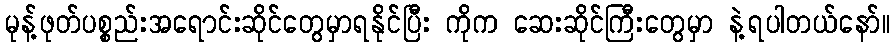
မုန့်ဖုတ်ပစ္စည်းအရောင်းဆိုင်တွေမှာရနိုင်ပြီး ကိုက ဆေးဆိုင်ကြီးတွေမှာ နဲ့ရပါတယ်နော်။